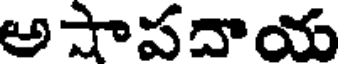
అషాపదాయ